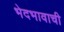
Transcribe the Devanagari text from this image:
भेदभावाची